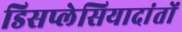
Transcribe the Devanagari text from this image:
डिसप्लेसियादांतों